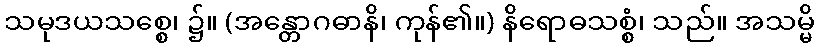
သမုဒယသစ္စေ၊ ၌။ (အန္တောဂဓာနိ၊ ကုန်၏။) နိရောဓသစ္စံ၊ သည်။ အသမ္မိ